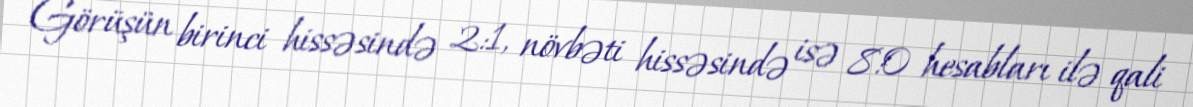
Görüşün birinci hissəsində 2:1, növbəti hissəsində isə 8:0 hesabları ilə qali